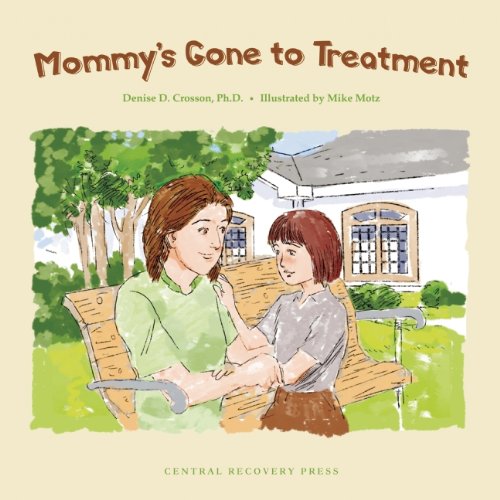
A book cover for Mommy's Gone to Treatment; Denise D. Crosson; Health, Fitness & Dieting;